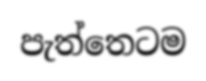
පැත්තෙටම